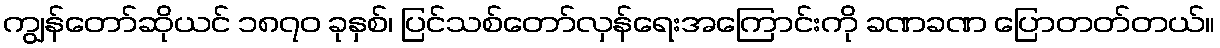
ကျွန်တော်ဆိုယင် ၁၈၇၀ ခုနှစ်၊ ပြင်သစ်တော်လှန်ရေးအကြောင်းကို ခဏခဏ ပြောတတ်တယ်။